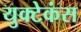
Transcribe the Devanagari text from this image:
युक्टेकंस